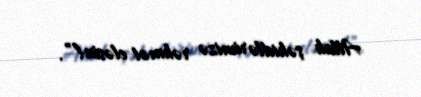
Allah şəhidlərimizə rəhmət eləsin!”.